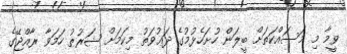
ވީމާ މި މަސައްކަތަށް ބީލަން ހުށަހެޅުމުގެ ދަޢުވަތު މިކަމަށް ޝަރުޠު ހަމަވާ ރާއްޖޭގެ